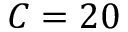
C = 2 0